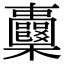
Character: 𣡦